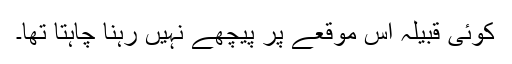
کوئی قبیلہ اس موقعے پر پیچھے نہیں رہنا چاہتا تھا۔